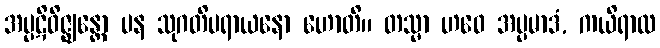
အပ္ပဋိဝိဇ္ဈန္တော ပန သုဂတိပရာယနော ဟောတိ။ တသ္မာ ဟဝေ အပ္ပမာဒံ, ကယိရာထ